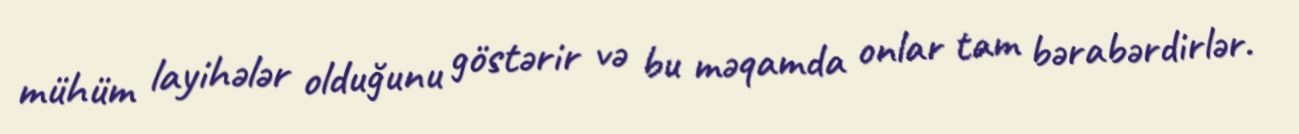
mühüm layihələr olduğunu göstərir və bu məqamda onlar tam bərabərdirlər.